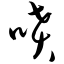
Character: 喷